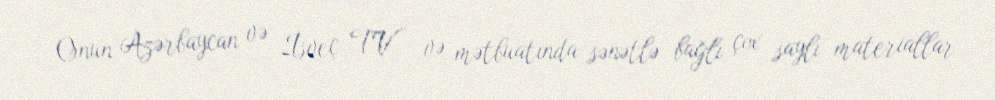
Onun Azərbaycan və İsveç TV və mətbuatında sənətlə bağlı çox saylı materiallar